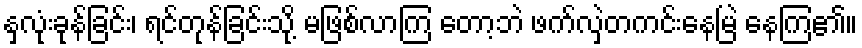
နှလုံးခုန်ခြင်း၊ ရင်တုန်ခြင်းသို့ မဖြစ်လာကြ တော့ဘဲ ဖက်လှဲတကင်းနေမြဲ နေကြ၏။